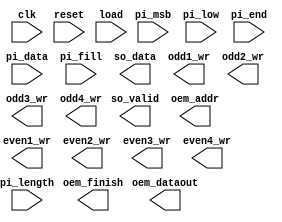
module STI_DAC(clk ,reset, load, pi_data, pi_length, pi_fill, pi_msb, pi_low, pi_end,
	       so_data, so_valid,
	       oem_finish, oem_dataout, oem_addr,
	       odd1_wr, odd2_wr, odd3_wr, odd4_wr, even1_wr, even2_wr, even3_wr, even4_wr);

input		clk, reset;
input		load, pi_msb, pi_low, pi_end; 
input	[15:0]	pi_data;
input	[1:0]	pi_length;
input		pi_fill;
output		so_data, so_valid;

output  oem_finish, odd1_wr, odd2_wr, odd3_wr, odd4_wr, even1_wr, even2_wr, even3_wr, even4_wr;
output [4:0] oem_addr;
output [7:0] oem_dataout;

//==============================================================================







endmodule